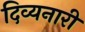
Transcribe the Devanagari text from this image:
दिव्यनारी